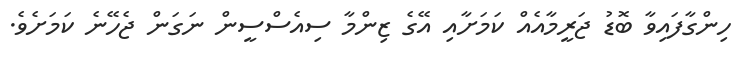
ހިންގާފައިވާ ބޮޑު ޖަރީމާއެއް ކަމަށާއި އޭގެ ޒިންމާ ސިއެސްސީން ނަގަން ޖެހޭނެ ކަމަށެވެ.